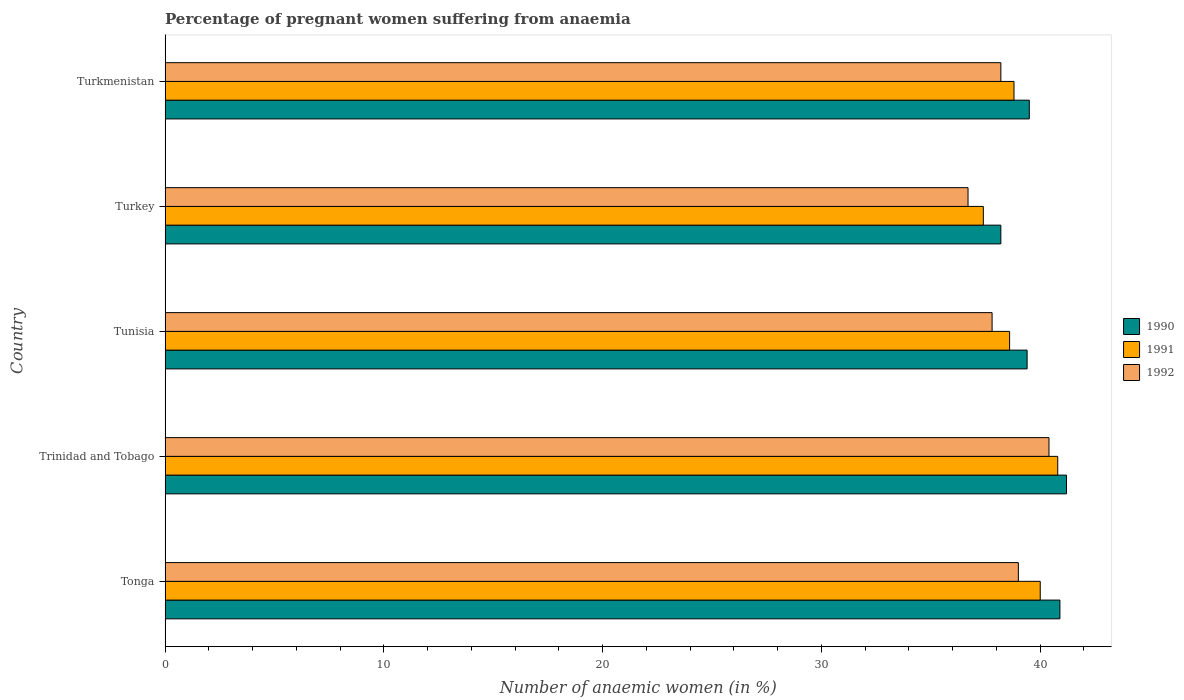
| Country | 1990 | 1991 | 1992 |
 | --- | --- | --- | --- |
 | Tonga | 40.9 | 40 | 39 |
 | Trinidad and Tobago | 41.2 | 40.8 | 40.4 |
 | Tunisia | 39.4 | 38.6 | 37.8 |
 | Turkey | 38.2 | 37.4 | 36.7 |
 | Turkmenistan | 39.5 | 38.8 | 38.2 |